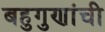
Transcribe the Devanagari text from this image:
बहुगुणांची